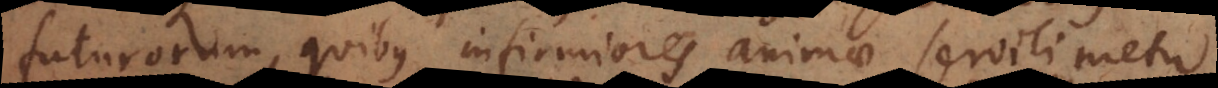
futurorum, quibus infirmiores animae servili metu